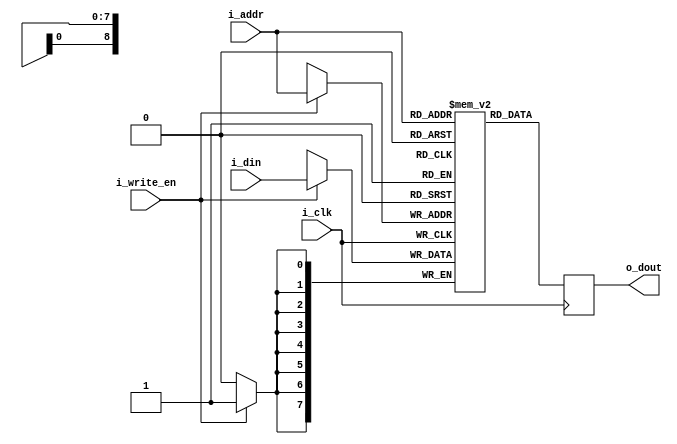
`default_nettype none

module block_ram #(
    parameter ADDR_WIDTH = 9,
    parameter DATA_WIDTH = 8,
    parameter MEM_INIT_FILE = ""
)
(
    input wire i_clk,
    input wire i_write_en,
    input wire [ADDR_WIDTH - 1:0] i_addr,
    input wire [DATA_WIDTH - 1:0] i_din,
    output reg [DATA_WIDTH - 1:0] o_dout = 0
);

    // This should infer a block RAM:
    reg [DATA_WIDTH-1:0] mem [(1 << ADDR_WIDTH) - 1:0];

    initial begin
        if(MEM_INIT_FILE != "") begin
            $readmemh(MEM_INIT_FILE, mem);
        end
    end


    always @(posedge i_clk) begin
        if(i_write_en) begin
            mem[(i_addr)] <= i_din;
        end

        o_dout <= mem[i_addr];
    end

endmodule